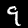
Digit: 9